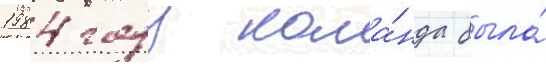
1984 году кома́нда была́